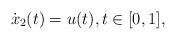
LaTeX: \begin{align*}{{\dot x}_2}(t) = u(t),t \in [0,1],\end{align*}